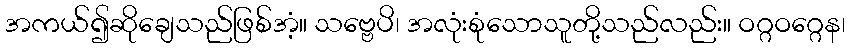
အကယ်၍ဆိုချေသည်ဖြစ်အံ့။ သဗ္ဗေပိ၊ အလုံးစုံသောသူတို့သည်လည်း။ ဝဂ္ဂဝဂ္ဂေန၊